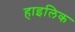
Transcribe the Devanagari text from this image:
हाइलिक